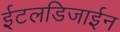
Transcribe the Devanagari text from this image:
ईटलडिजाईन